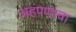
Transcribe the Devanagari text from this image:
अहंपणाचा